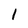
Character: 1